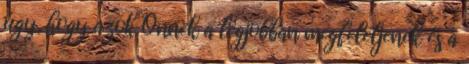
úgy, hogy azok Önnek a legjobban megfeleljenek és a